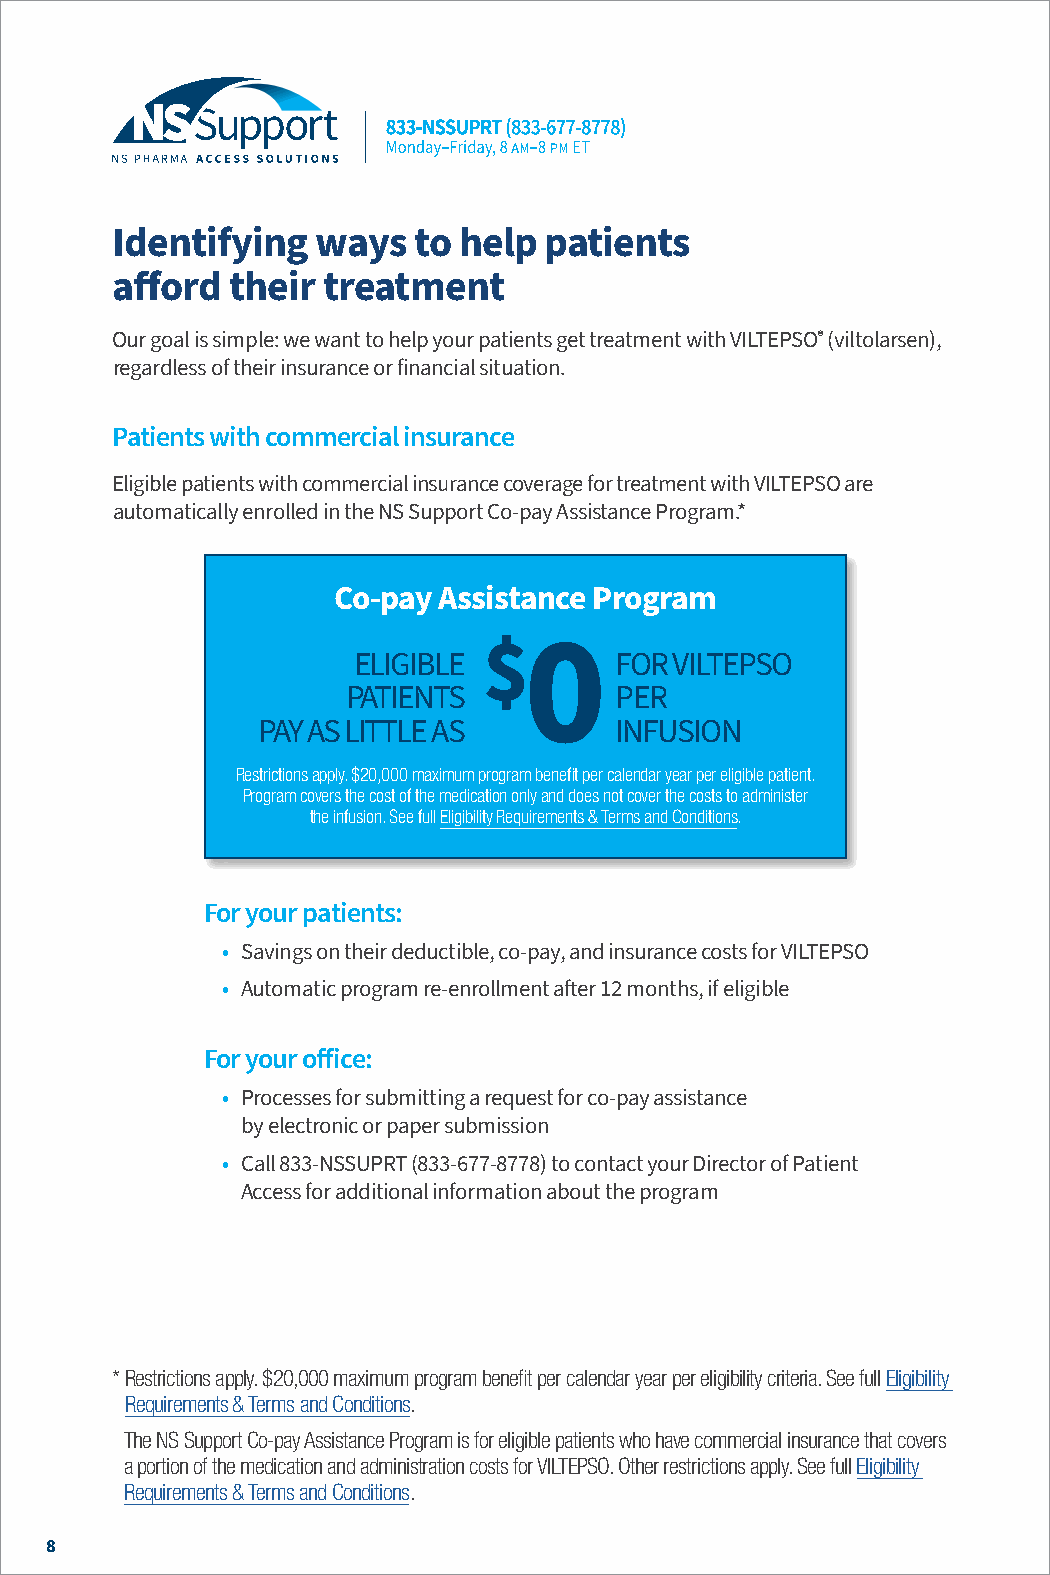
Identifying   ways  to help  patients
 afford  their treatment
 Our goal is simple: we want to help your patients get treatment with VILTEPSO® (viltolarsen),
 regardless of their insurance or financial situation.
 Patients with commercial insurance
 Eligible patients with commercial insurance coverage for treatment with VILTEPSO are
 automatically enrolled in the NS Support Co-pay Assistance Program.*
 Co-pay Assistance Program
 ELIGIBLE
 $0
 FOR VILTEPSO
 PATIENTS          PER
 PAY AS LITTLE AS        INFUSION
 Restrictions apply. $20,000 maximum program benefit per calendar year per eligible patient.
 Program covers the cost of the medication only and does not cover the costs to administer
 the infusion. See full Eligibility Requirements & Terms and Conditions.
 For your patients:
 • Savings on their deductible, co-pay, and insurance costs for VILTEPSO
 • Automatic program re-enrollment after 12 months, if eligible
 For your office:
 • Processes for submitting a request for co-pay assistance
 by electronic or paper submission
 • Call 833-NSSUPRT (833-677-8778) to contact your Director of Patient
 Access for additional information about the program
 * Restrictions apply. $20,000 maximum program benefit per calendar year per eligibility criteria. See full Eligibility
 Requirements & Terms and Conditions.
 The NS Support Co-pay Assistance Program is for eligible patients who have commercial insurance that covers
 a portion of the medication and administration costs for VILTEPSO. Other restrictions apply. See full Eligibility
 Requirements & Terms and Conditions.
 8